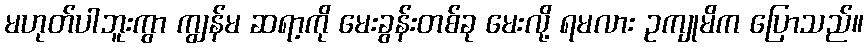
မဟုတ်ပါဘူးကွာ ကျွန်မ ဆရာ့ကို မေးခွန်းတစ်ခု မေးလို့ ရမလား ဥကျုမိက ပြောသည်။